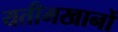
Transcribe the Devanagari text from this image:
यतीमखानों